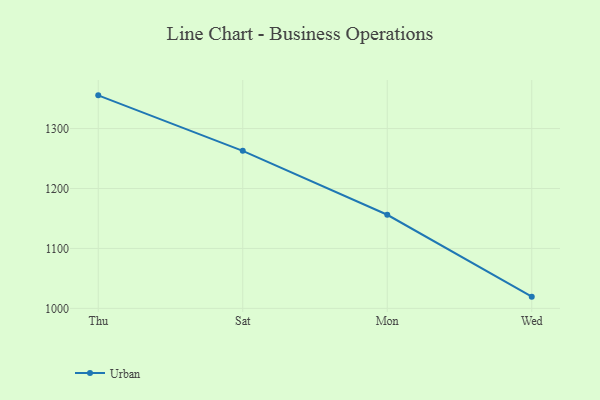
{"axis": {"x": "Day", "y": "Shipments"}, "legend": ["Urban"], "data": [{"x": "Thu", "y": 1355.4, "type": "Urban"}, {"x": "Sat", "y": 1262.8, "type": "Urban"}, {"x": "Mon", "y": 1156.2, "type": "Urban"}, {"x": "Wed", "y": 1019.6, "type": "Urban"}]}